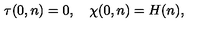
\tau ( 0 , n ) = 0 , \quad \chi ( 0 , n ) = H ( n ) ,